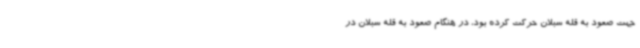
جهت صعود به قله سبلان حرکت کرده بود، در هنگام صعود به قله سبلان در